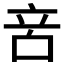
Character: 𠱫